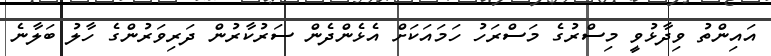
އައިންތު ވިދާޅުވީ މިސްރުގެ މަސްރަހު ހަމައަކަށް އެޅެންދެން ސަރުކާރުން ދަރިވަރުންގެ ހާލު ބަލާނެ